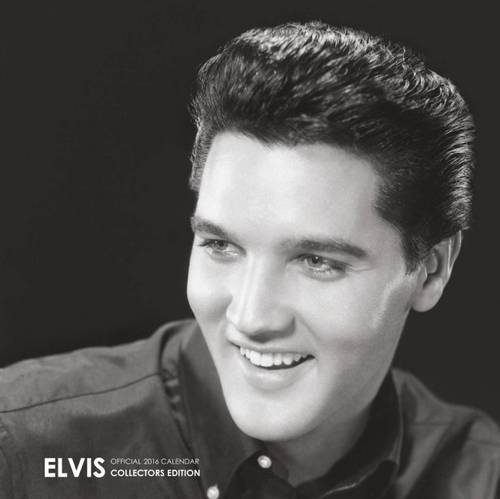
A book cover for The Official Elvis Collectors Edition 2016 Calendar; Calendars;